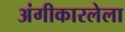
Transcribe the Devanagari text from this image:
अंगीकारलेला